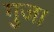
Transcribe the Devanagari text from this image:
गुजा